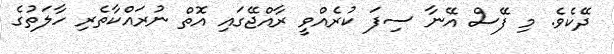
ދޭކެވެ. މި ފޭސް އޭނާ ސިފަ ކުރެއްވީ ރާއްޖޭގައި އޮތް ނުރައްކާތެރި ހާލަތުގެ